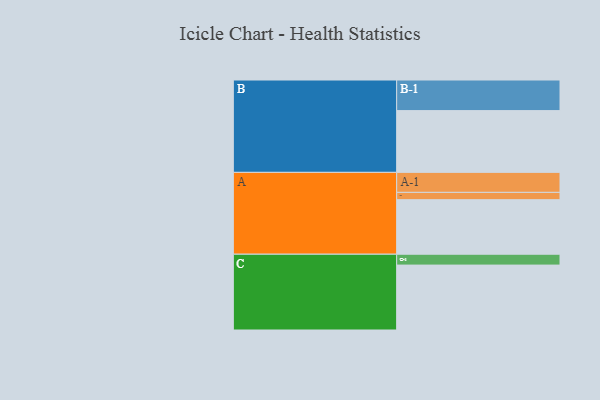
{"axis": {"x": "Segment", "y": "Value"}, "legend": ["", "A", "B", "C"], "data": [{"x": "A", "y": 447, "type": ""}, {"x": "B", "y": 506, "type": ""}, {"x": "C", "y": 532, "type": ""}, {"x": "A-1", "y": 164, "type": "A"}, {"x": "A-2", "y": 60, "type": "A"}, {"x": "B-1", "y": 251, "type": "B"}, {"x": "C-1", "y": 89, "type": "C"}]}